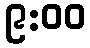
၉:၀၀